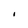
Character: I